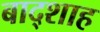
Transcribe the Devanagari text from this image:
बाद्शाह